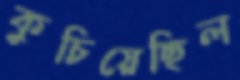
কুচিয়েছিল